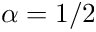
\alpha = 1 / 2